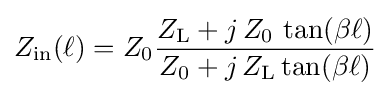
Z_{\mathrm {in} }(\ell )=Z_{0}{\frac {Z_{\mathrm {L} }+j\,Z_{0}\,\tan(\beta \ell )}{Z_{0}+j\,Z_{\mathrm {L} }\tan(\beta \ell )}}